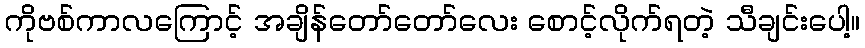
ကိုဗစ်ကာလကြောင့် အချိန်တော်တော်လေး စောင့်လိုက်ရတဲ့ သီချင်းပေါ့။